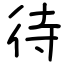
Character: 待